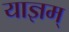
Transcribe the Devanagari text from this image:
याज्ञम्